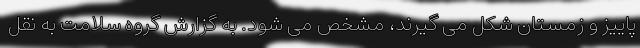
پاییز و زمستان شکل می گیرند، مشخص می شود. به گزارش گروه سلامت به نقل